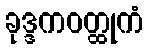
ခုဒ္ဒကဝတ္ထုကံ